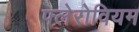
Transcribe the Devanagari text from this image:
फ्लेरोवियम